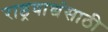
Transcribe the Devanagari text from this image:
राष्ट्रवाद्यंसाठी